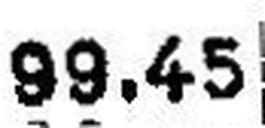
99.45